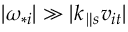
\lvert \omega _ { * i } \rvert \gg \lvert k _ { \parallel s } v _ { i t } \rvert